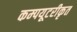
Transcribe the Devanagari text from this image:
कम्‍पयूटरीकृत